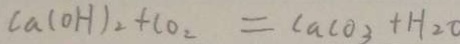
C a ( O H ) _ { 2 } + C O _ { 2 } = C a C O _ { 3 } + H _ { 2 } O